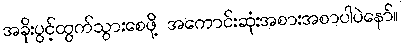
အခိုးပွင့်ထွက်သွားစေဖို့ အကောင်းဆုံးအစားအစာပါပဲနော်။